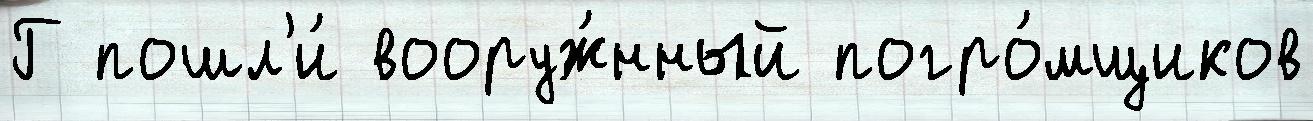
Г пошл'и́ вооруж́нный погро́мщиков